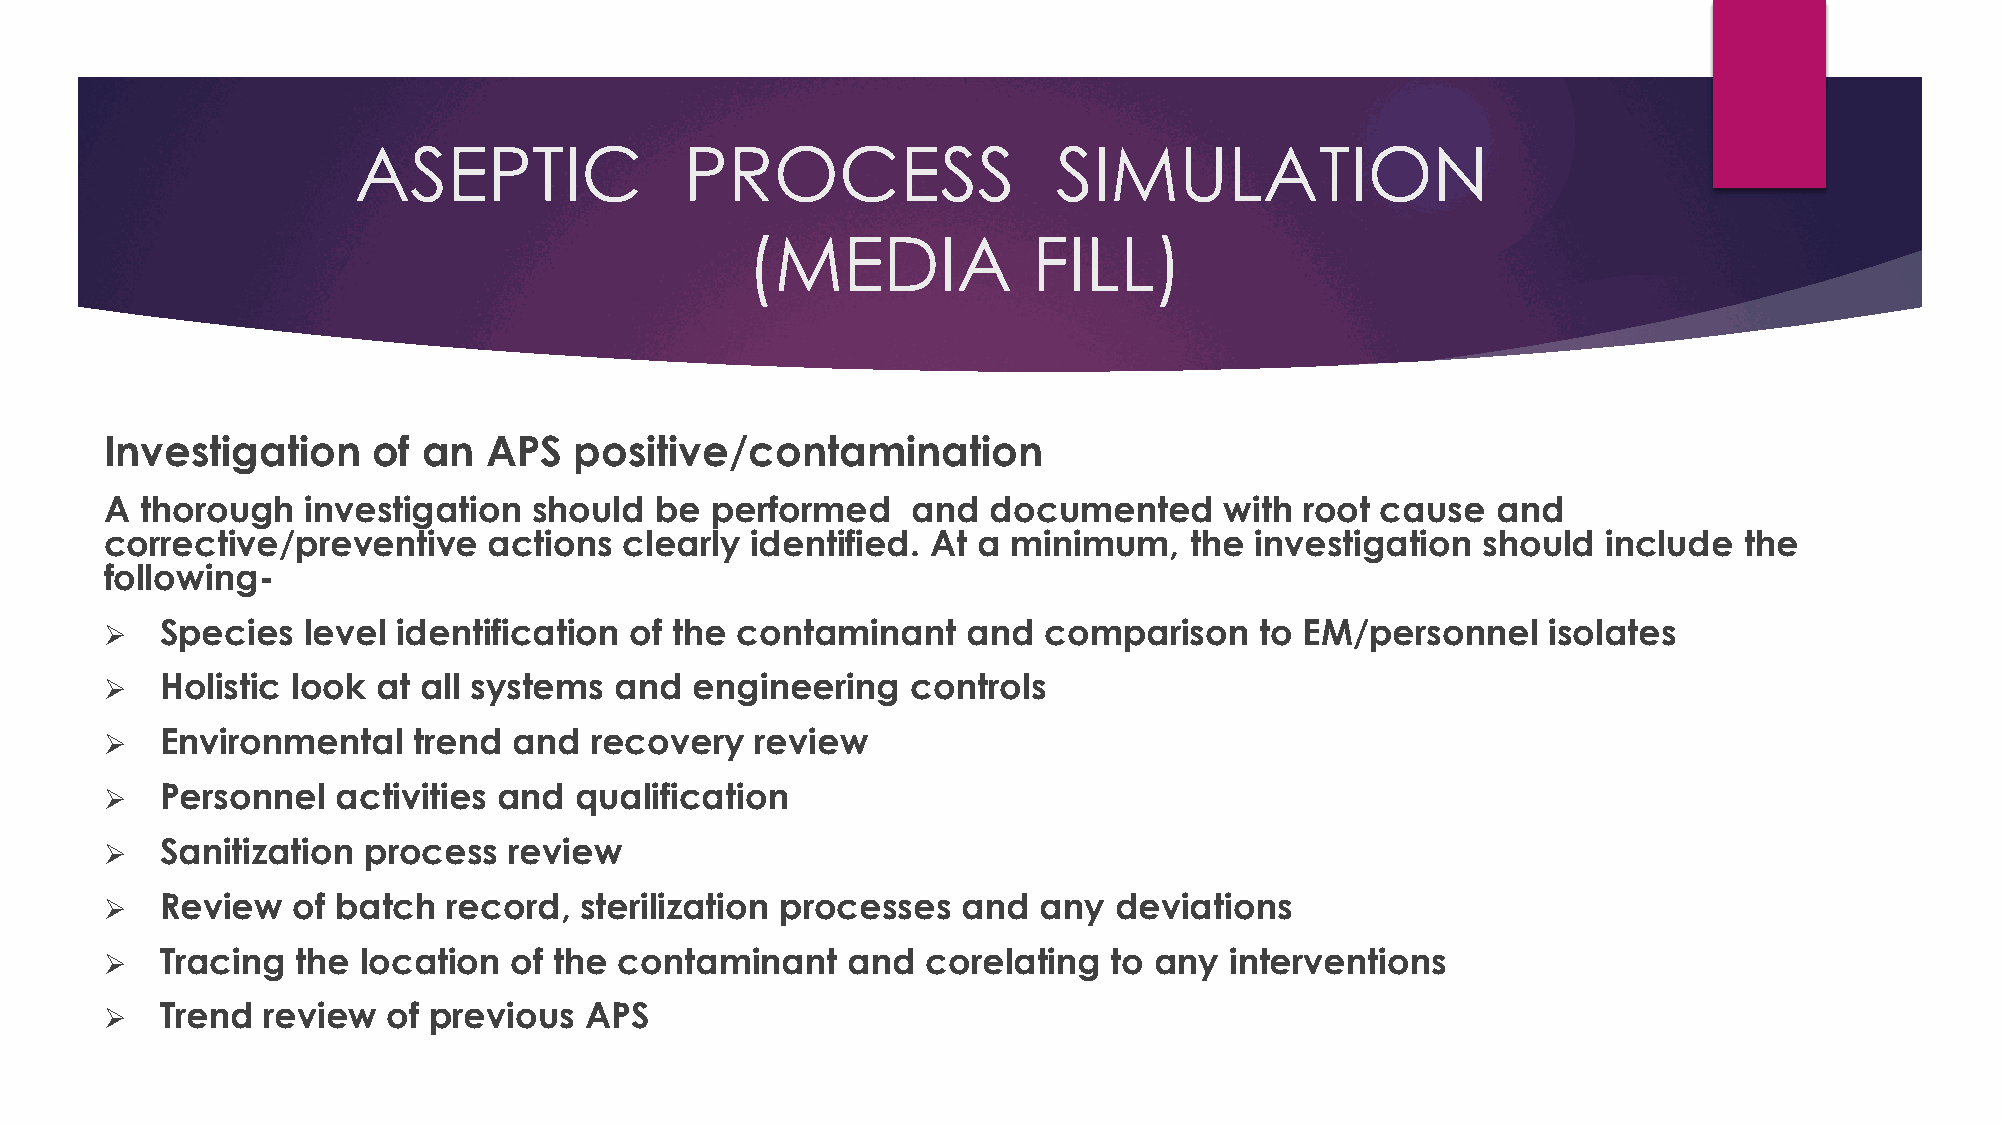
ASEPTIC               PROCESS                  SIMULATION
 (MEDIA             FILL)
 Investigation     of an  APS   positive/contamination
 A thorough   investigation  should  be  performed    and   documented     with root cause   and
 corrective/preventive    actions  clearly  identified. At a minimum,    the investigation  should  include  the
 following-
    Species  level identification  of the contaminant    and  comparison    to EM/personnel     isolates
    Holistic look at all systems  and  engineering   controls
    Environmental   trend  and  recovery   review
    Personnel  activities and  qualification
    Sanitization process   review
    Review  of batch   record, sterilization processes   and  any  deviations
    Tracing  the location  of the contaminant    and  corelating   to any interventions
    Trend review   of previous  APS